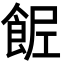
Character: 𩛐